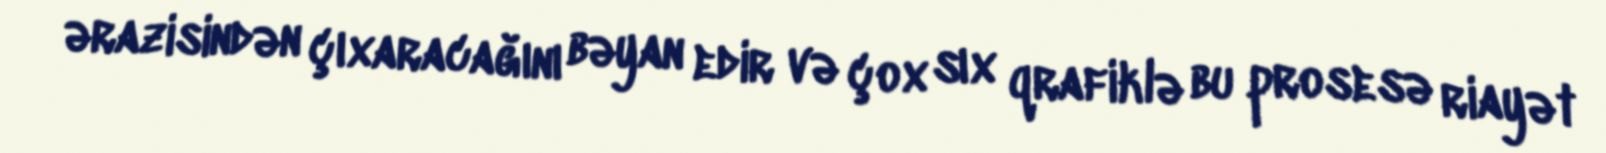
ərazisindən çıxaracağını bəyan edir və çox sıx qrafiklə bu prosesə riayət